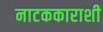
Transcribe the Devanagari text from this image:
नाटककाराशी